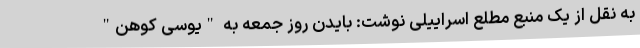
به نقل از یک منبع مطلع اسراییلی نوشت: بایدن روز جمعه به "یوسی کوهن"